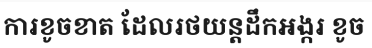
ការខូចខាត ដែលរថយន្តដឹកអង្ករ ខូច